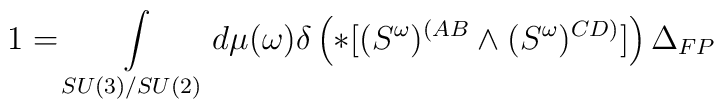
1= \int \limits_{SU(3)/SU(2)}d \mu (\omega ) \delta \left( * [(S^{\omega })^{(AB} \wedge ( S^{\omega })^{CD)}] \right) \Delta _{FP}